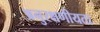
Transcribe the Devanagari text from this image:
अनुरक्षणीयता